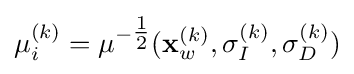
\mu _{i}^{(k)}=\mu ^{-{\tfrac {1}{2}}}(\mathbf {x} _{w}^{(k)},\sigma _{I}^{(k)},\sigma _{D}^{(k)})